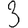
Digit: 3